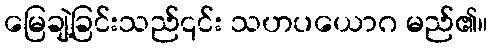
မြေချဲ့ခြင်းသည်၎င်း သဟပယောဂ မည်၏။